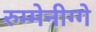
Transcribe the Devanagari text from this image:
रुम्मेनीग्गे